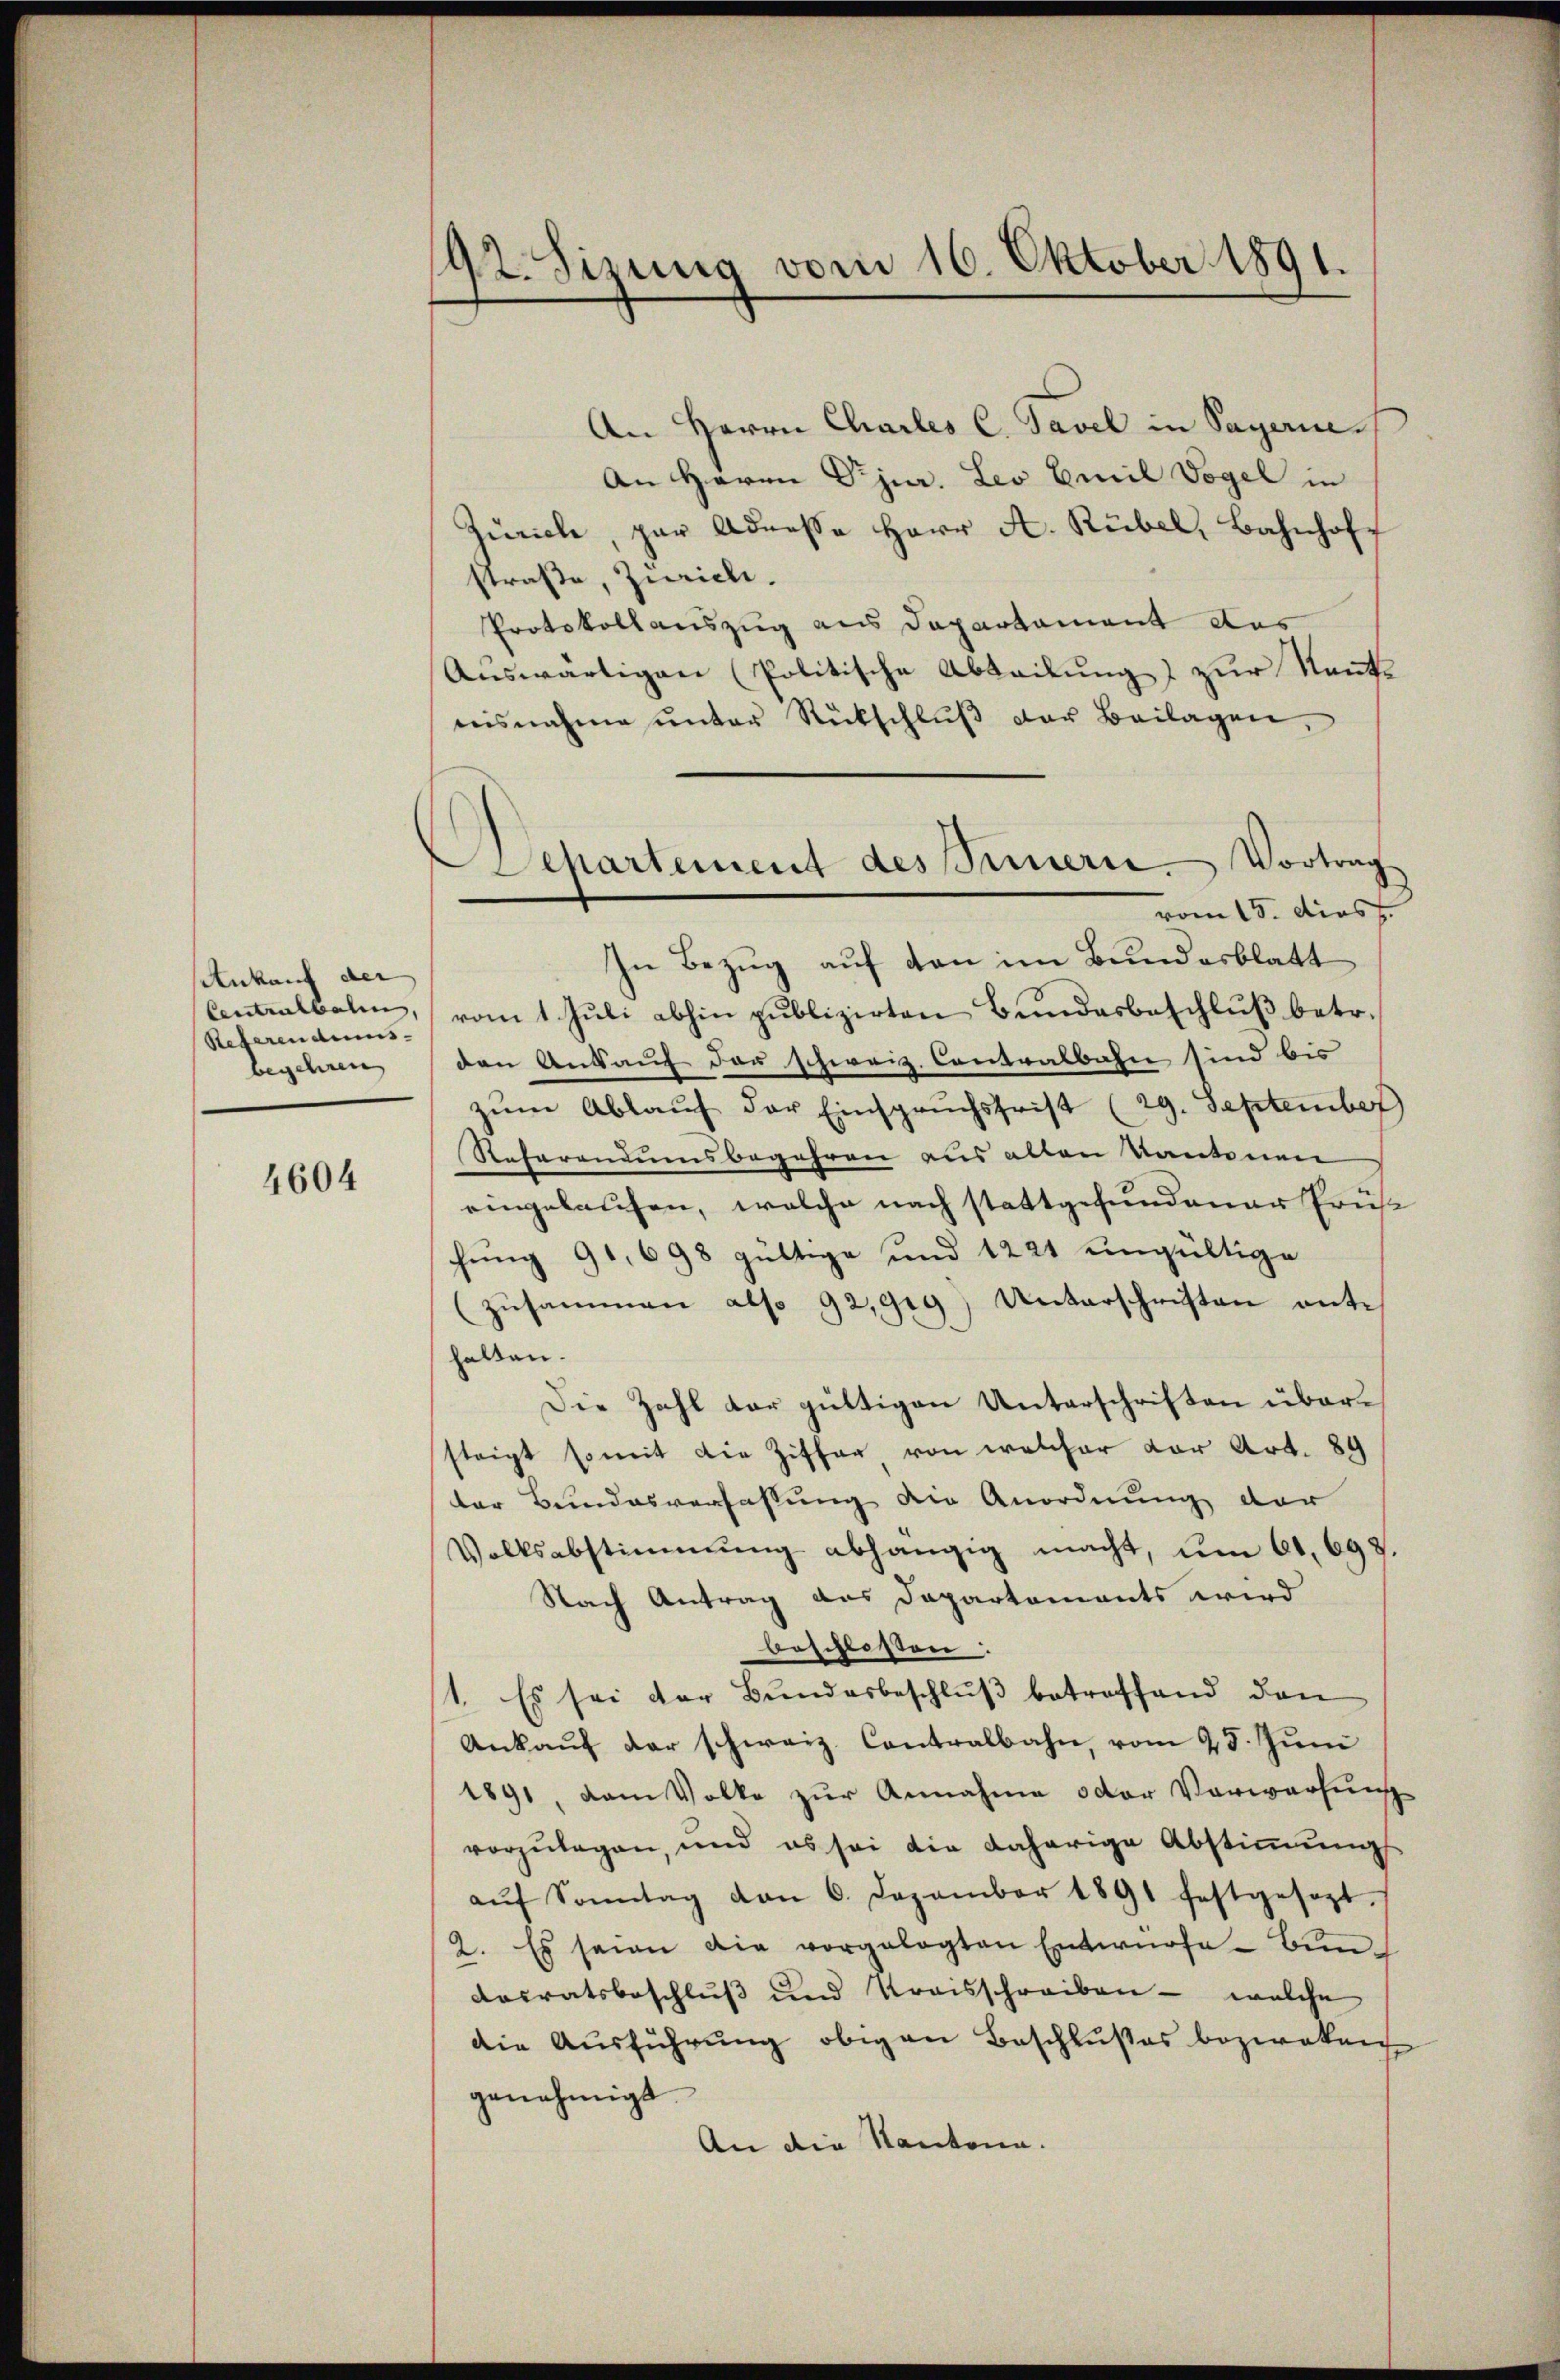
Ankauf der
Referendens- |
begehren

4604

192. Sizung vom 16. Oktober 1891.

Departement des Sinnern Vortrag

An Herrn Chartes C. Savel in Sagen.
An Herrn Pjur. Leo Emil Vogel in
Zürich, par Adresse Herr A. Rübel, Bahnhoff
straße, Zürich.
Protokollauszug aus Departament das
Auswärtigen (Politische Abteilung) zur Nants
nisnahme ŭnter Rückschlŭβ der Beilagen,
vom 15. dies
In Bezug auf den im Bundesblatt
Antralbalen, vom 1. Juli abhin publizirten Bundesbeschluß betr.
den Ankauf der schweiz. Contralbahn sind bis
zŭm Ablaŭf der Einspruchsfrist (29. September
Referandumsbegehren aus alten Kantonen
eingelaufen, welche nach stattgefundener Früh
hung 91. 698 gültige und 1221 ungültige
(zusammen also 92,919) Unterschriften enthalten.
Die Zahl dar gültigen Unterschriften übersteigt somit die Ziffer, von welcher vor Art. 89
ter Bundesverfassung die Anordnung der
Volksabstimmung abhängig macht, um 61, 697.
Nach Antrag das Departements wird
beschlossen:
1. Es sei der Bundesbeschluß betreffend den
Ankauf der schweiz. Contralbahn, vom 25. Juni
1891, dem Volke zŭr Annahme oder Verwerfung
vorzulegen, und es sei die daherige Abstimmung
aŭf Sonntag von 6. Dezember 1891 festgesagt.
2. Es seien die vorgelegten Entwürfe. Bun¬
Dosratsbeschluß und Kraisschreiben - welche
die Ausführung obigen Beschlußes bezwakan
genehmigt.
An die Kantona.